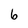
Character: 6